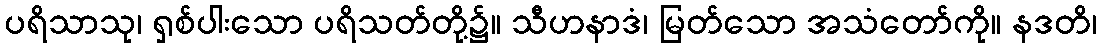
ပရိသာသု၊ ရှစ်ပါးသော ပရိသတ်တို့၌။ သီဟနာဒံ၊ မြတ်သော အသံတော်ကို။ နဒတိ၊